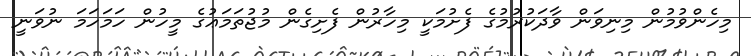
މިހެންވުމުން މިނިވަން ވާދަކުރުމުގެ ފެށުމަކީ މިހާރުން ފެށިގެން މުޖުތަމަޢުގެ މީހުން ހަމަހަމަ ނުވަނީ